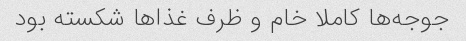
جوجه‌ها کاملا خام و ظرف غذا‌ها شکسته بود